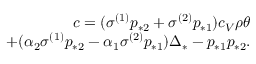
\begin{array} { r } { c = ( \sigma ^ { ( 1 ) } p _ { * 2 } + \sigma ^ { ( 2 ) } p _ { * 1 } ) c _ { V } \rho \theta } \\ { + ( \alpha _ { 2 } \sigma ^ { ( 1 ) } p _ { * 2 } - \alpha _ { 1 } \sigma ^ { ( 2 ) } p _ { * 1 } ) \Delta _ { * } - p _ { * 1 } p _ { * 2 } . } \end{array}